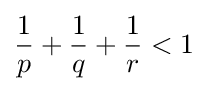
{\frac {1}{p}}+{\frac {1}{q}}+{\frac {1}{r}}<1